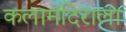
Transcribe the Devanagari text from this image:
कलामंदिराला